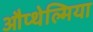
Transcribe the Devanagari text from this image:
औप्थेल्मिया